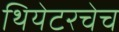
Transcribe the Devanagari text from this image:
थियेटरचेच